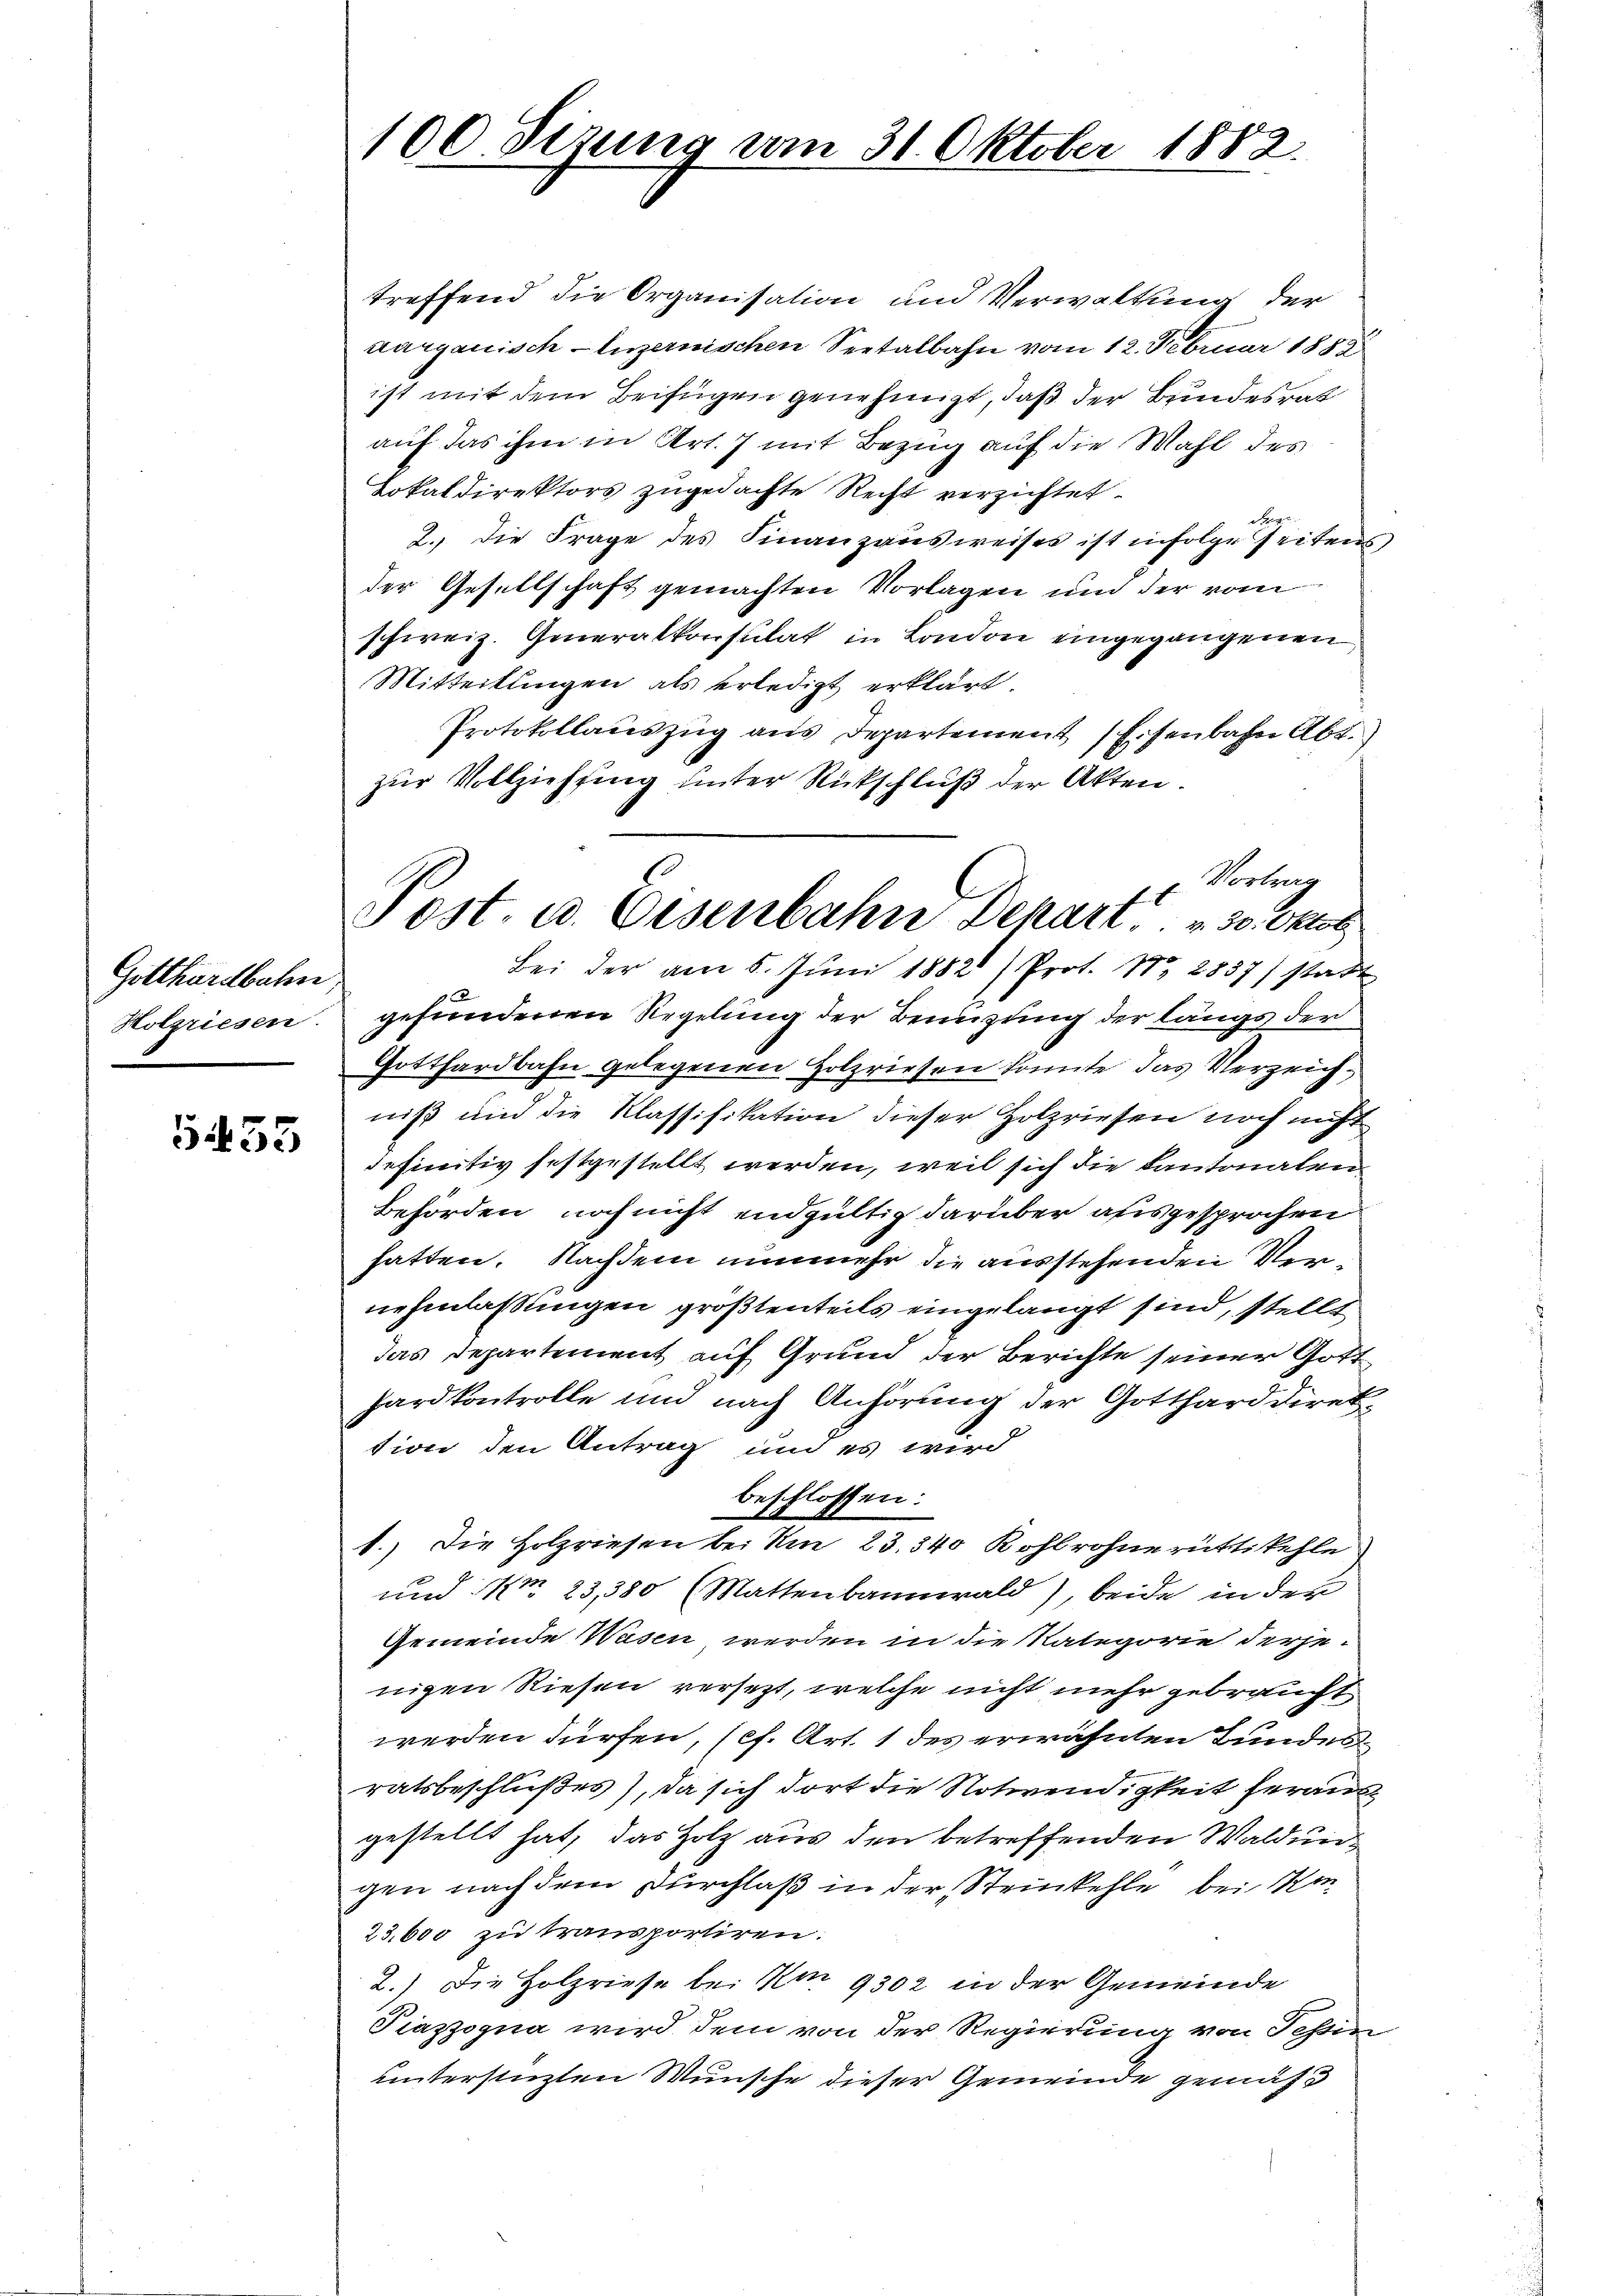
Gotthardbahn
Holzriesen.

5455

100 Sizung vom 31. Oktober 1882

treffend die Organisation und Verwaltung der
aargauisch-luzernischen Seetalbahn vom 12. Februar 1882
ist mit dem Beifügen genehmigt, daß der Bundesrat
auf das ihm in Art. 7 mit Bezug auf die Wahl des
Lokaldirektors zugedachte Recht verzichtet.
Nen
2. die Frage des Finanzausweises ist infolge seitens
der Gesellschaft gemachten Vorlagen und der vom
schweiz. Generalkonsulat in London eingegangenen
Mitteilungen als erledigt erklärt.
Protokollauszug aus Departement Eisenbahn Abt.
zur Vollziehung unter Rückschluß der Akten.
Bei der am 5. Jŭni 1882) Prot. Nr. 2857 statt
gefundenen Regelung der Benuzung der längs der
Gotthardbahn gelegenen Holzriesen konnte, das Verzeichniß und die Klassifikation dieser Holzriesen noch nicht
definitiv festgestellt werden, weil sich die Kantonalen
Behörden, noch nicht endgültig darüber ausgesprochen
hatten. Nachdem nunmehr die ausstehenden Vernehmlassungen größtenteils eingelangt sind, stellt
das Departement auf Grund der Berichte seiner Gott
hardkontrolle und nach Anhörung der Gottharddirektion den Antrag und es wird
beschlossen:
1.) Die Holzriesen bei Am 23. 340 Kohlrohne rüttikehle
und 1 23,380 (Mattenbannwald), beide in der
Gemeinde Wasen werden in die Mategorie derjenigen Riesen versezt, welche nicht mehr gebraucht
werden dürfen, (cf. Art. 1 des erwähnten Bundes
ratsbeschlußes), da sich dort die Notwendigkeit heraus
gestellt hat, das Holz aus den betreffenden Waldungen nach dem Durchlaß in der Steinkehle bei Mon
23,600 zu transportiren.
2.) Die Holzriese bei Am 9302 in der Gemeinde
Piazzogna wird dem von der Regierung von Tessin
untersinzten Wunsche dieser Gemeinde gemäss

Vertrag
Post- u. Eisenbahn Depart. 30. Oktob